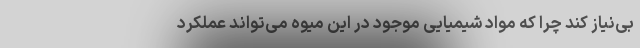
بی‌نیاز کند چرا که مواد شیمیایی موجود در این میوه می‌تواند عملکرد